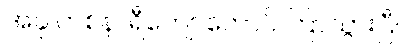
အခု တစ်နာရီကျော်တောင် ကြာသွားပြီ။